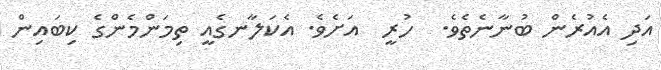
އަދި އެއުރެން ބުނާނެތެވެ.  ހުރީ  އަށެވެ. އެކަލާނގެއީ ތިމަންމެންގެ ކިބައިން